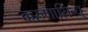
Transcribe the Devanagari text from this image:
करुणासिन्धु